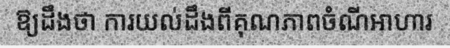
ឱ្យដឹងថា ការយល់ដឹងពីគុណភាពចំណីអាហារ